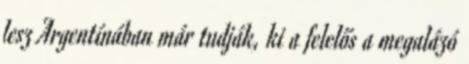
lesz Argentínában már tudják, ki a felelős a megalázó